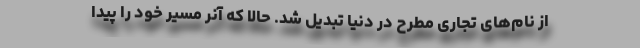
از نام‌های تجاری مطرح در دنیا تبدیل شد. حالا که آنر مسیر خود را پیدا